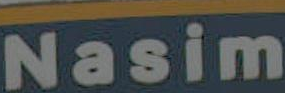
Nasim